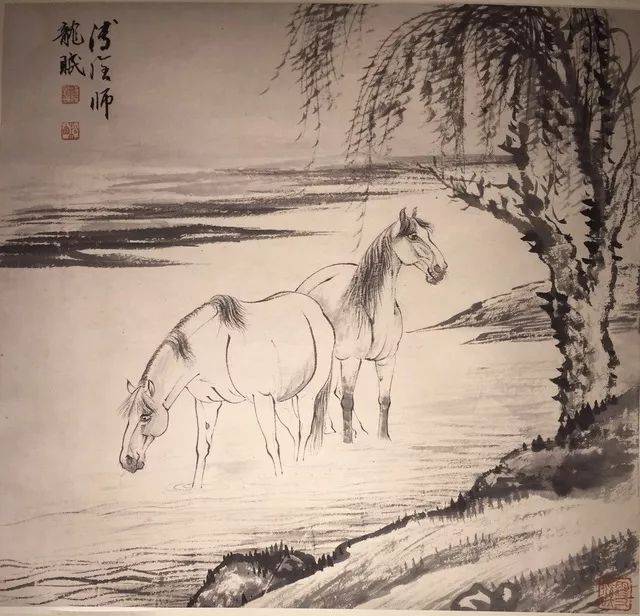
君马黄，我马白。